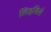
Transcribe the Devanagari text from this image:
लिहविले